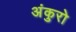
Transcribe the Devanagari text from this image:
अंकुरो